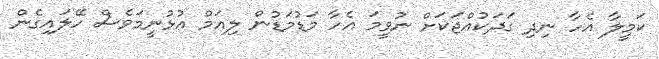
ކަމީލާ އެހާ ނިދި ގަދަކުއްޖަކަށް ނުވީމަ އެހާ މަޑުމަޑުން ލިއަމް އުޅުނީމަވެސް ހޭލައިގެން